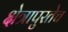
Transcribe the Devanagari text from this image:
क्षेत्रापुरतेच